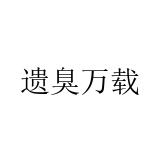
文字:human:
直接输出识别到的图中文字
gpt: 遗臭万载